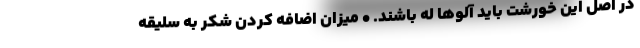
در اصل این خورشت باید آلوها له باشند. • میزان اضافه کردن شکر به سلیقه